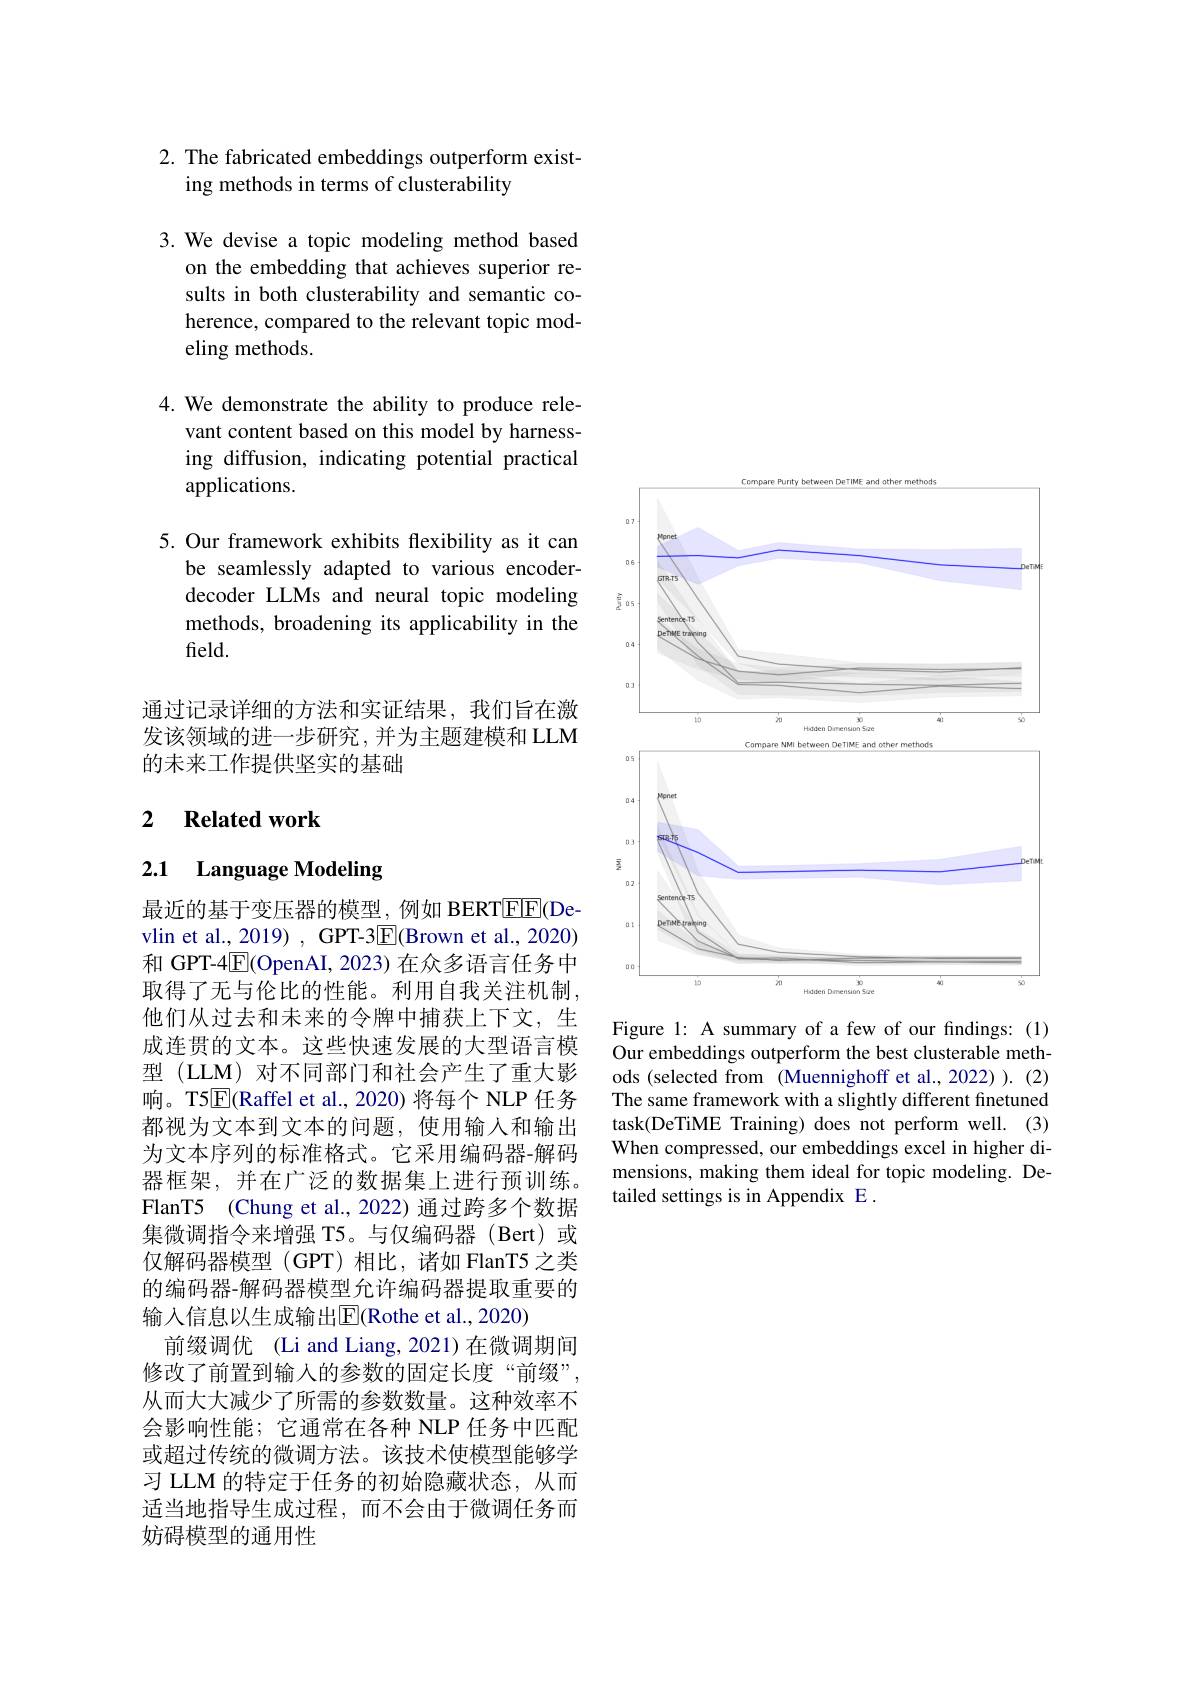
## 2. The fabricated embeddings outperform existing methods in terms of clusterability

3. We devise a topic modeling method based
on the embedding that achieves superior results in both clusterability and semantic coherence, compared to the relevant topic modeling methods.

4. We demonstrate the ability to produce rele-
vant content based on this model by harnessing diffusion, indicating potential practical applications.

5. Our framework exhibits flexibility as it can
be seamlessly adapted to various encoderdecoder LLMs and neural topic modeling methods, broadening its applicability in the field.

通过记录详细的方法和实证结果，我们旨在激发该领域的进一步研究，并为主题建模和 LLM 的未来工作提供坚实的基础

## 2 $\textbf{Related work}$

## 2.1 Language Modeling

最近的基于变压器的模型，例如 BERTEE(Devlin et al., 2019) , GPT-3$\underline{\mathrm{E}}($Brown et al., 2020) 和 GPT-4$\overline{\mathrm{E}}($OpenAI, 2023) 在众多语言任务中取得了无与伦比的性能。利用自我关注机制， 他们从过去和未来的令牌中捕获上下文，生成连贯的文本。这些快速发展的大型语言模型 (LLM) 对不同部门和社会产生了重大影响。T5$\overline{\mathrm{E}}($Raffel et al., 2020) 将每个 NLP 任务都视为文本到文本的问题，使用输入和输出为文本序列的标准格式。它采用编码器-解码器框架，并在广泛的数据集上进行预训练。FlanT5 (Chung et al., 2022) 通过跨多个数据集微调指令来增强 T5。与仅编码器(Bert)或仅解码器模型(GPT)相比，诸如 FlanT5 之类的编码器-解码器模型允许编码器提取重要的输入信息以生成输出$\overline{\mathbb{E}}($Rothe et al., 2020)
前缀调优 (Li and Liang, 2021)在微调期间修改了前置到输入的参数的固定长度“前缀”, 从而大大减少了所需的参数数量。这种效率不会影响性能；它通常在各种 NLP 任务中匹配或超过传统的微调方法。该技术使模型能够学习 LLM 的特定于任务的初始隐藏状态，从而适当地指导生成过程，而不会由于微调任务而妨碍模型的通用性

<FigureHere>
Figure 1: A summary of a few of our findings: (1)

Our embeddings outperform the best clusterable methods (selected from (Muennighoff et al.,2022)).(2) The same framework with a slightly different finetuned task(DeTiME Training) does not perform well. (3) When compressed, our embeddings excel in higher dimensions, making them ideal for topic modeling. Detailed settings is in Appendix E .